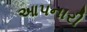
આપનારી